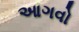
આગવો